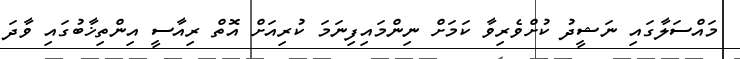
މައްސަލާގައި ނަޝީދު ކުށްވެރިވާ ކަމަށް ނިންމައިފިނަމަ ކުރިއަށް އޮތް ރިއާސީ އިންތިޚާބުގައި ވާދަ